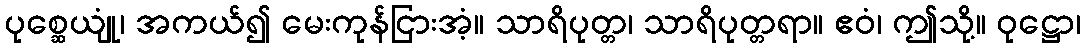
ပုစ္ဆေယျုံ၊ အကယ်၍ မေးကုန်ငြားအံ့။ သာရိပုတ္တ၊ သာရိပုတ္တရာ။ ဧဝံ၊ ဤသို့။ ဝုဋ္ဌော၊